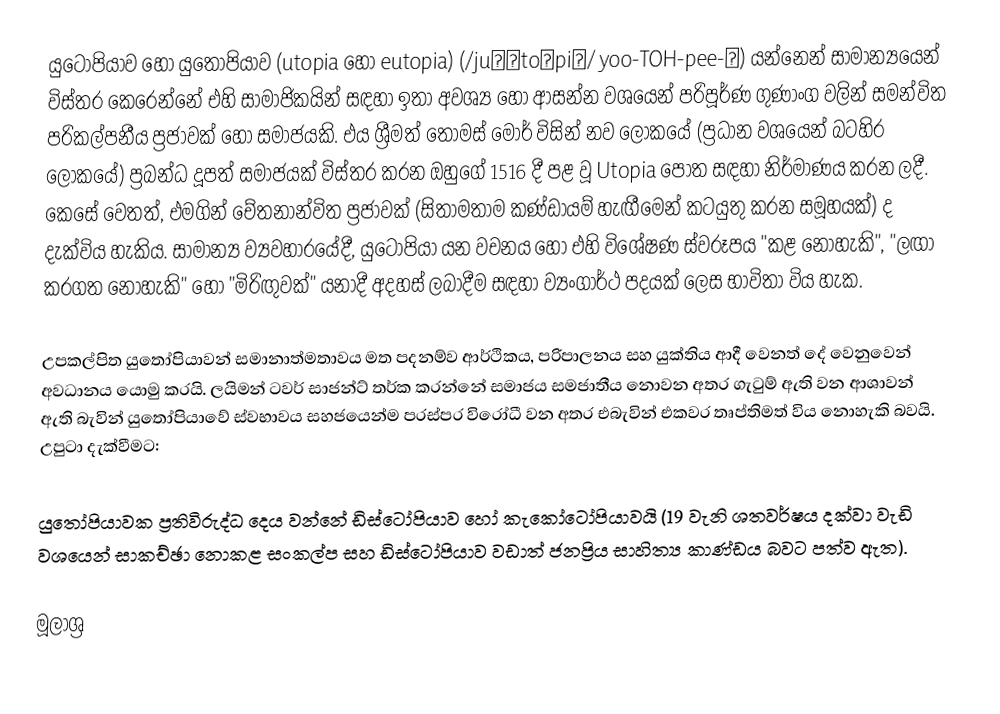
යුටෝපියාව හෝ යුතෝපියාව (utopia හෝ eutopia) (/juːˈtoʊpiə/ yoo-TOH-pee-ə) යන්නෙන් සාමාන්‍යයෙන් විස්තර කෙරෙන්නේ එහි සාමාජිකයින් සඳහා ඉතා අවශ්‍ය හෝ ආසන්න වශයෙන් පරිපූර්ණ ගුණාංග වලින් සමන්විත පරිකල්පනීය ප්‍රජාවක් හෝ සමාජයකි. එය ශ්‍රීමත් තෝමස් මෝර් විසින් නව ලෝකයේ (ප්‍රධාන වශයෙන් බටහිර ලෝකයේ) ප්‍රබන්ධ දූපත් සමාජයක් විස්තර කරන ඔහුගේ 1516 දී පළ වූ Utopia පොත සඳහා නිර්මාණය කරන ලදී. කෙසේ වෙතත්, එමගින් චේතනාන්විත ප්‍රජාවක් (සිතාමතාම කණ්ඩායම් හැඟීමෙන් කටයුතු කරන සමූහයක්) ද දැක්විය හැකිය. සාමාන්‍ය ව්‍යවහාරයේදී, යුටෝපියා යන වචනය හෝ එහි විශේෂණ ස්වරූපය "කළ නොහැකි", "ලඟා කරගත නොහැකි" හෝ "මිරිඟුවක්" යනාදී අදහස් ලබාදීම සඳහා ව්‍යංගාර්ථ පදයක් ලෙස භාවිතා විය හැක.

උපකල්පිත යුතෝපියාවන් සමානාත්මතාවය මත පදනම්ව ආර්ථිකය, පරිපාලනය සහ යුක්තිය ආදී වෙනත් දේ වෙනුවෙන් අවධානය යොමු කරයි. ලයිමන් ටවර් සාජන්ට් තර්ක කරන්නේ සමාජය සමජාතීය නොවන අතර ගැටුම් ඇති වන ආශාවන් ඇති බැවින් යුතෝපියාවේ ස්වභාවය සහජයෙන්ම පරස්පර විරෝධී වන අතර එබැවින් එකවර තෘප්තිමත් විය නොහැකි බවයි. උපුටා දැක්වීමට:

යුතෝපියාවක ප්‍රතිවිරුද්ධ දෙය වන්නේ ඩිස්ටෝපියාව හෝ කැකෝටෝපියාවයි (19 වැනි ශතවර්ෂය දක්වා වැඩි වශයෙන් සාකච්ඡා නොකළ සංකල්ප සහ ඩිස්ටෝපියාව වඩාත් ජනප්‍රිය සාහිත්‍ය කාණ්ඩය බවට පත්ව ඇත).

මූලාශ්‍ර